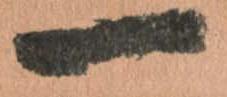
一